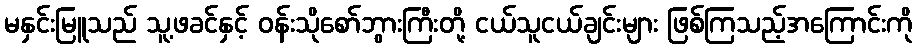
မနှင်းမြူသည် သူ့ဖခင်နှင့် ဝန်းသိုစော်ဘွားကြီးတို့ ငယ်သူငယ်ချင်းများ ဖြစ်ကြသည့်အကြောင်းကို